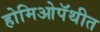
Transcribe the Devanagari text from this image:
होमिओपॅथीत